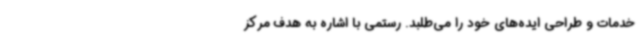
خدمات و طراحی ایده‌های خود را می‌طلبد. رستمی با اشاره به هدف مرکز